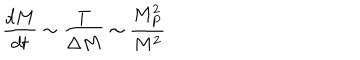
LaTeX: \frac { d M } { d t } \sim \frac { T } { \Delta M } \sim \frac { M _ { P } ^ { 2 } } { M ^ { 2 } }